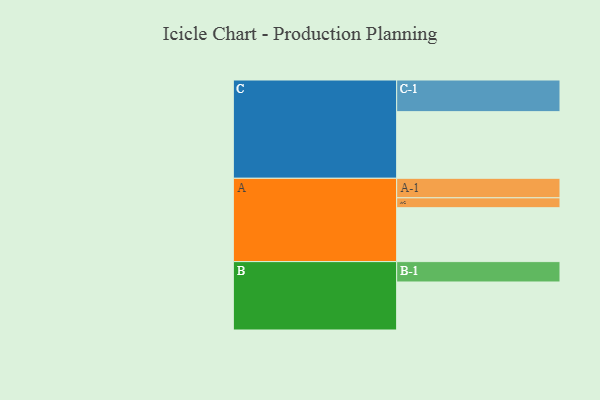
{"axis": {"x": "Segment", "y": "Value"}, "legend": ["", "A", "B", "C"], "data": [{"x": "A", "y": 458, "type": ""}, {"x": "B", "y": 408, "type": ""}, {"x": "C", "y": 566, "type": ""}, {"x": "A-1", "y": 166, "type": "A"}, {"x": "A-2", "y": 84, "type": "A"}, {"x": "B-1", "y": 173, "type": "B"}, {"x": "C-1", "y": 269, "type": "C"}]}